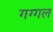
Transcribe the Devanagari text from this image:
गग्‍गल